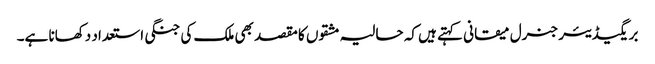
بریگیڈیئر جنرل میقانی کہتے ہیں کہ حالیہ مشقوں کا مقصد بھی ملک کی جنگی استعداد دکھانا ہے۔